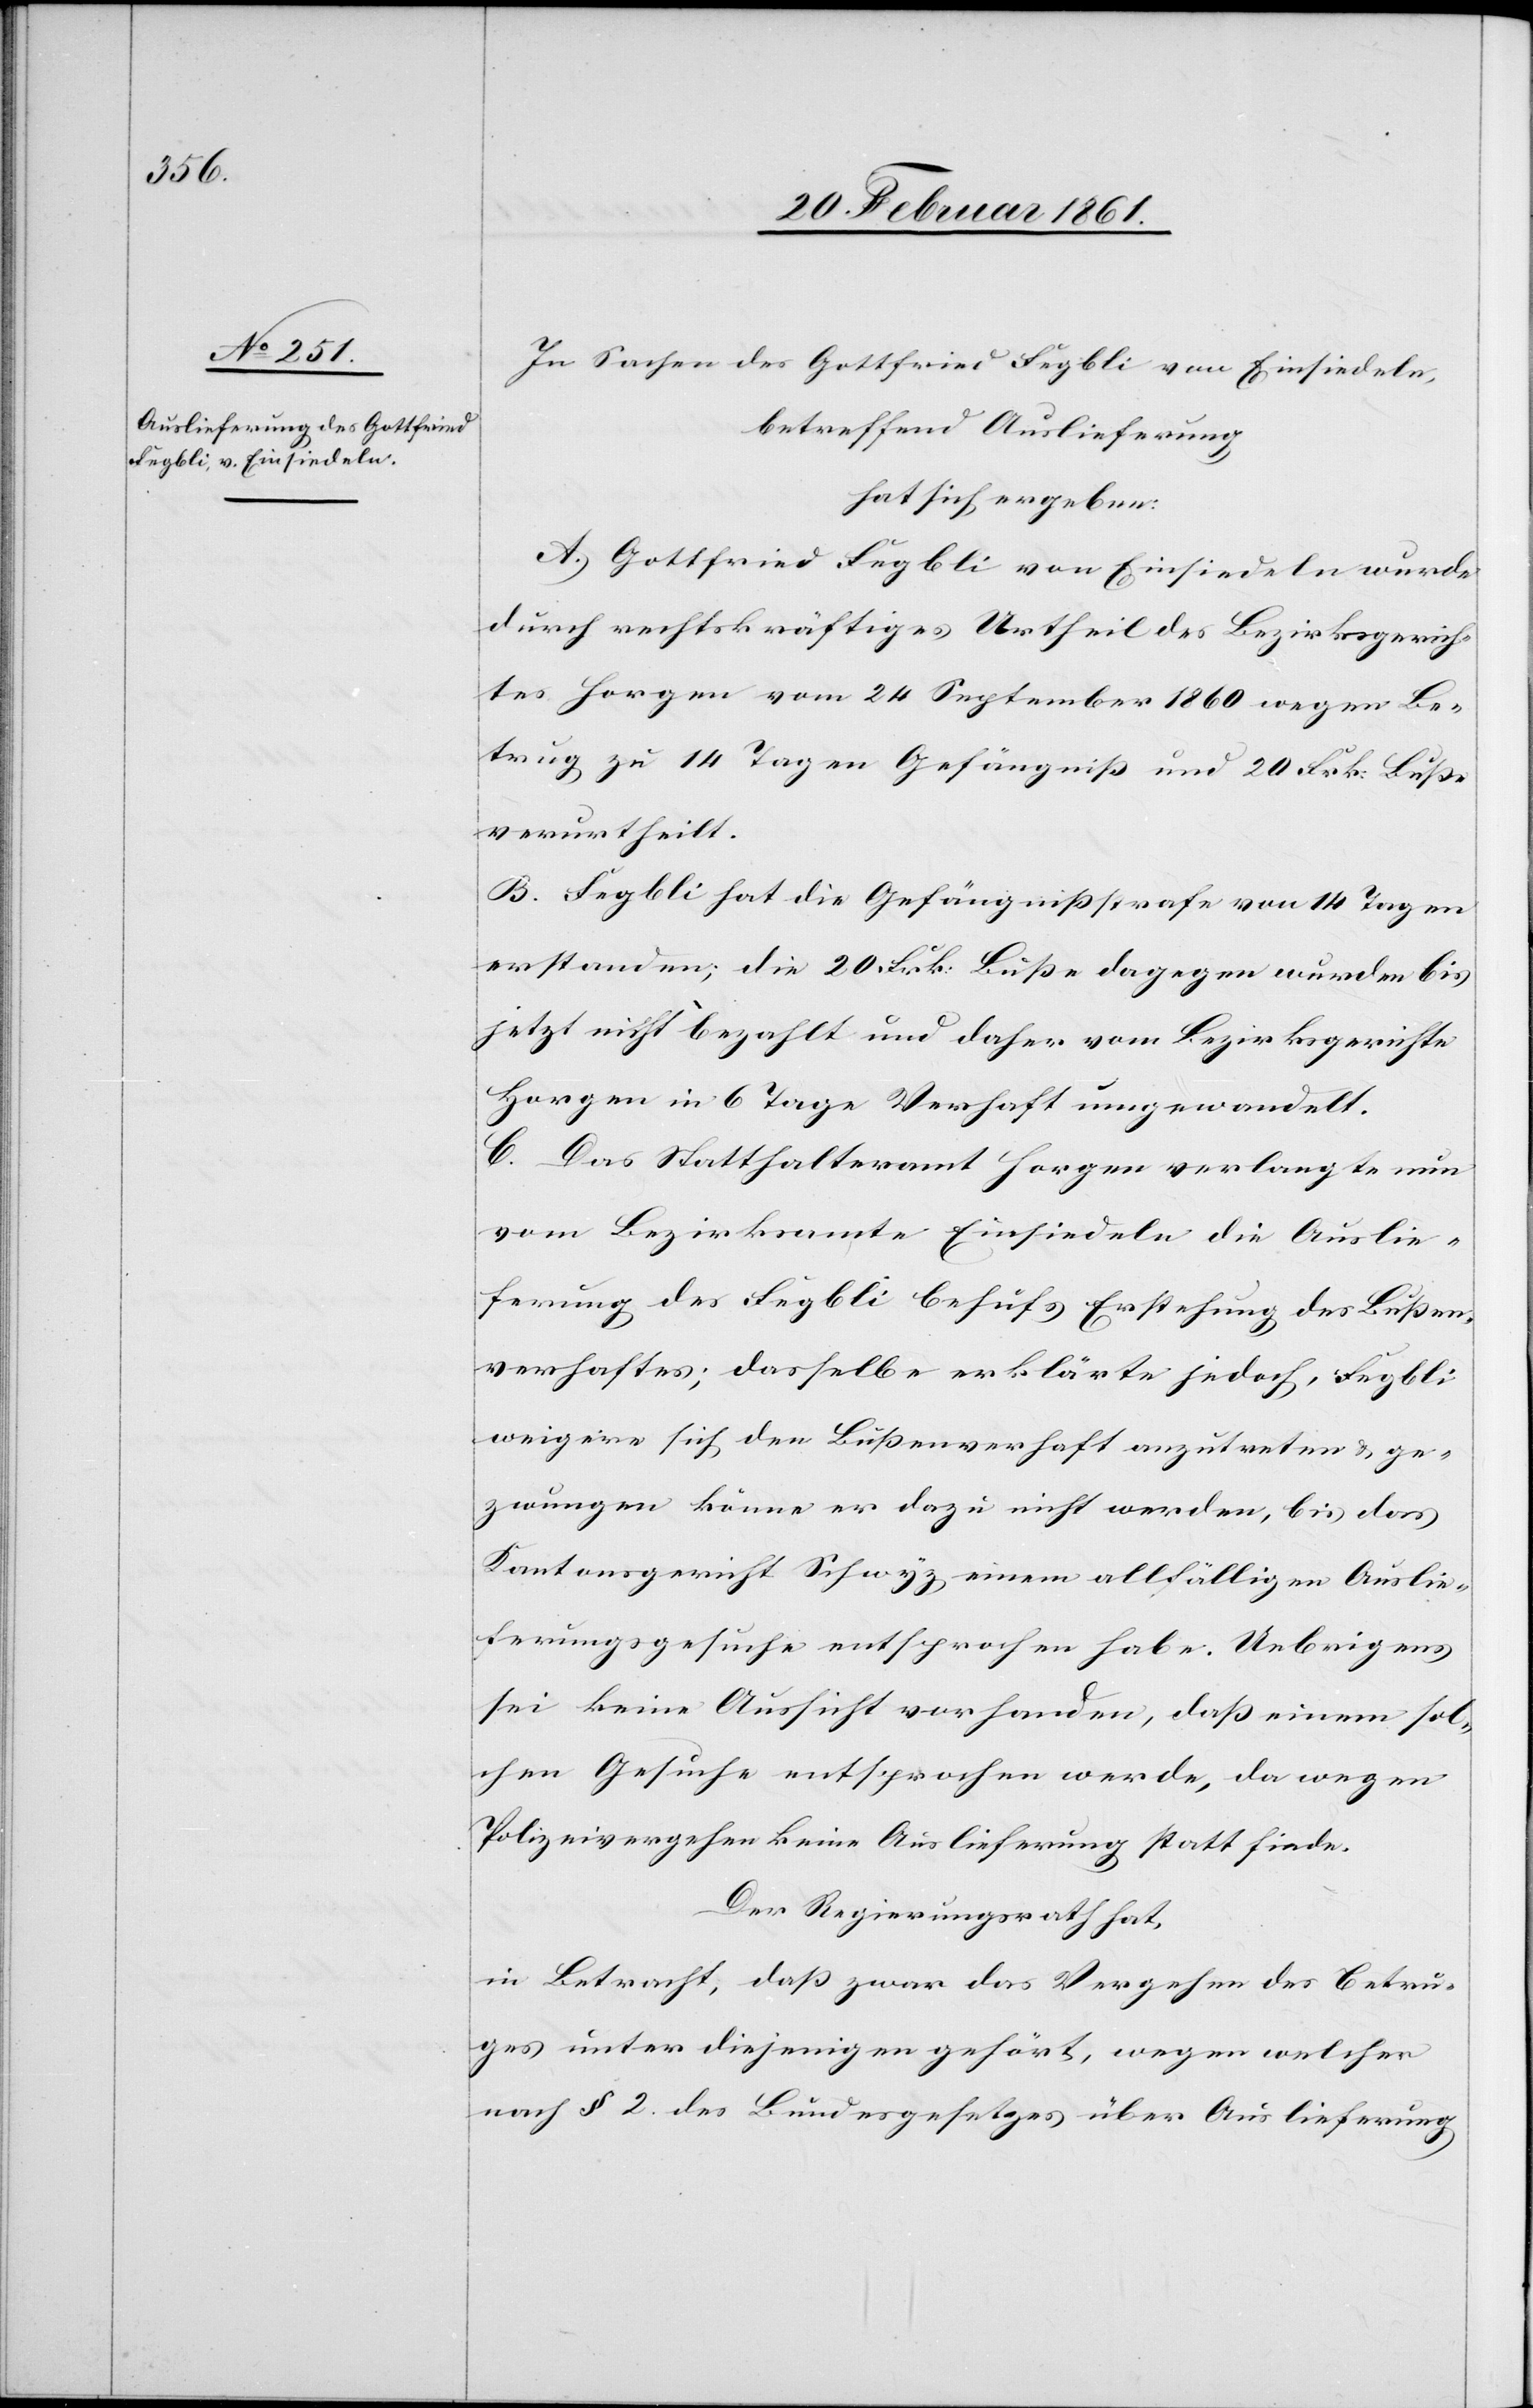
In Sachen des Gottfried Fegbli von Einsiedeln
betreffend Auslieferung
hat sich ergeben:
A. Gottfried Fegbli von Einsiedeln wurde
durch rechtskräftiges Urtheil des Bezirksgerich¬
tes Horgen vom 24. September 1860 wegen Be¬
trug zu 14 Tagen Gefängniss und 20 Frk. Busse
verurtheilt.
B. Fegbli hat die Gefängnissstrafe von 14 Tagen
erstanden; die 20 Frk. Busse dagegen wurden bis
jetzt nicht bezahlt und daher vom Bezirksgerichte
Horgen in 6 Tage Verhaft umgewandelt.
C. Das Statthalteramt Horgen verlangte nun
vom Bezirksamte Einsiedeln die Auslie¬
ferung des Fegbli behüfs [sic!] Erstehung des Bussen¬
verhaftes; dasselbe erklärte jedoch, Fegbli
weigere sich den Bussenverhaft anzutreten u. ge¬
zwungen könne er dazu nicht werden, bis das
Kantonsgericht Schwyz einem allfälligen Auslie¬
ferungsgesuche entsprochen habe. Uebrigens
sei keine Aussicht vorhanden, dass einem sol¬
chen Gesuche entsprochen werde, da wegen
Polizeivergehen keine Auslieferung statt finde.
Der Regierungsrath hat,
in Betracht, dass zwar das Vergehen des Betru¬
ges unter diejenigen gehört, wegen welcher
nach § 2. des Bundesgesetzes über Auslieferung